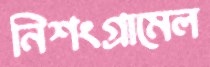
নিশংগ্রামেল